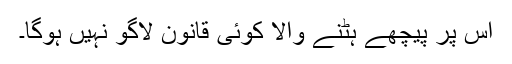
اس پر پیچھے ہٹنے والا کوئی قانون لاگو نہیں ہوگا۔